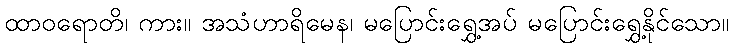
ထာဝရောတိ၊ ကား။ အသံဟာရိမေန၊ မပြောင်းရွှေ့အပ် မပြောင်းရွှေ့နိုင်သော။